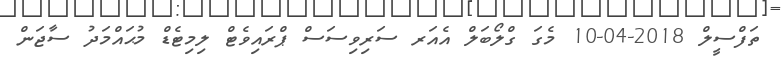
ތަފްސީލް 2018-04-10 މެގަ ގްލޯބަލް އެއަރ ސަރިވިސަސް ޕްރައިވެޓް ލިމިޓެޑް މުޙައްމަދު ސާޖަން